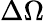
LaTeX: \Delta\Omega